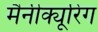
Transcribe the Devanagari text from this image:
मैनीक्यूरिंग